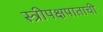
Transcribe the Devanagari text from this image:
स्त्रीपक्षपाताची